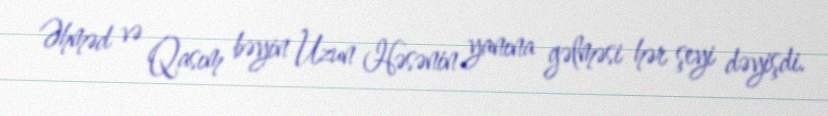
Əhməd və Qasım bəyin Uzun Həsənin yanına gəlməsi hər şeyi dəyişdi.